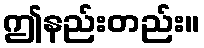
ဤနည်းတည်း။